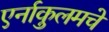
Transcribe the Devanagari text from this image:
एर्नाकुलमचे